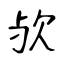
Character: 欤